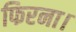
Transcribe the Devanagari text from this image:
फिरना।